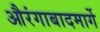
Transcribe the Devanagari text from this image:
औरंगाबादमार्गे